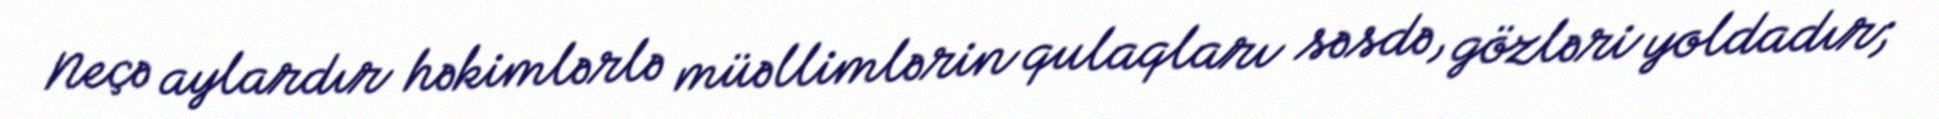
Neçə aylardır həkimlərlə müəllimlərin qulaqları səsdə, gözləri yoldadır;